Lui_Olesk, lk 17
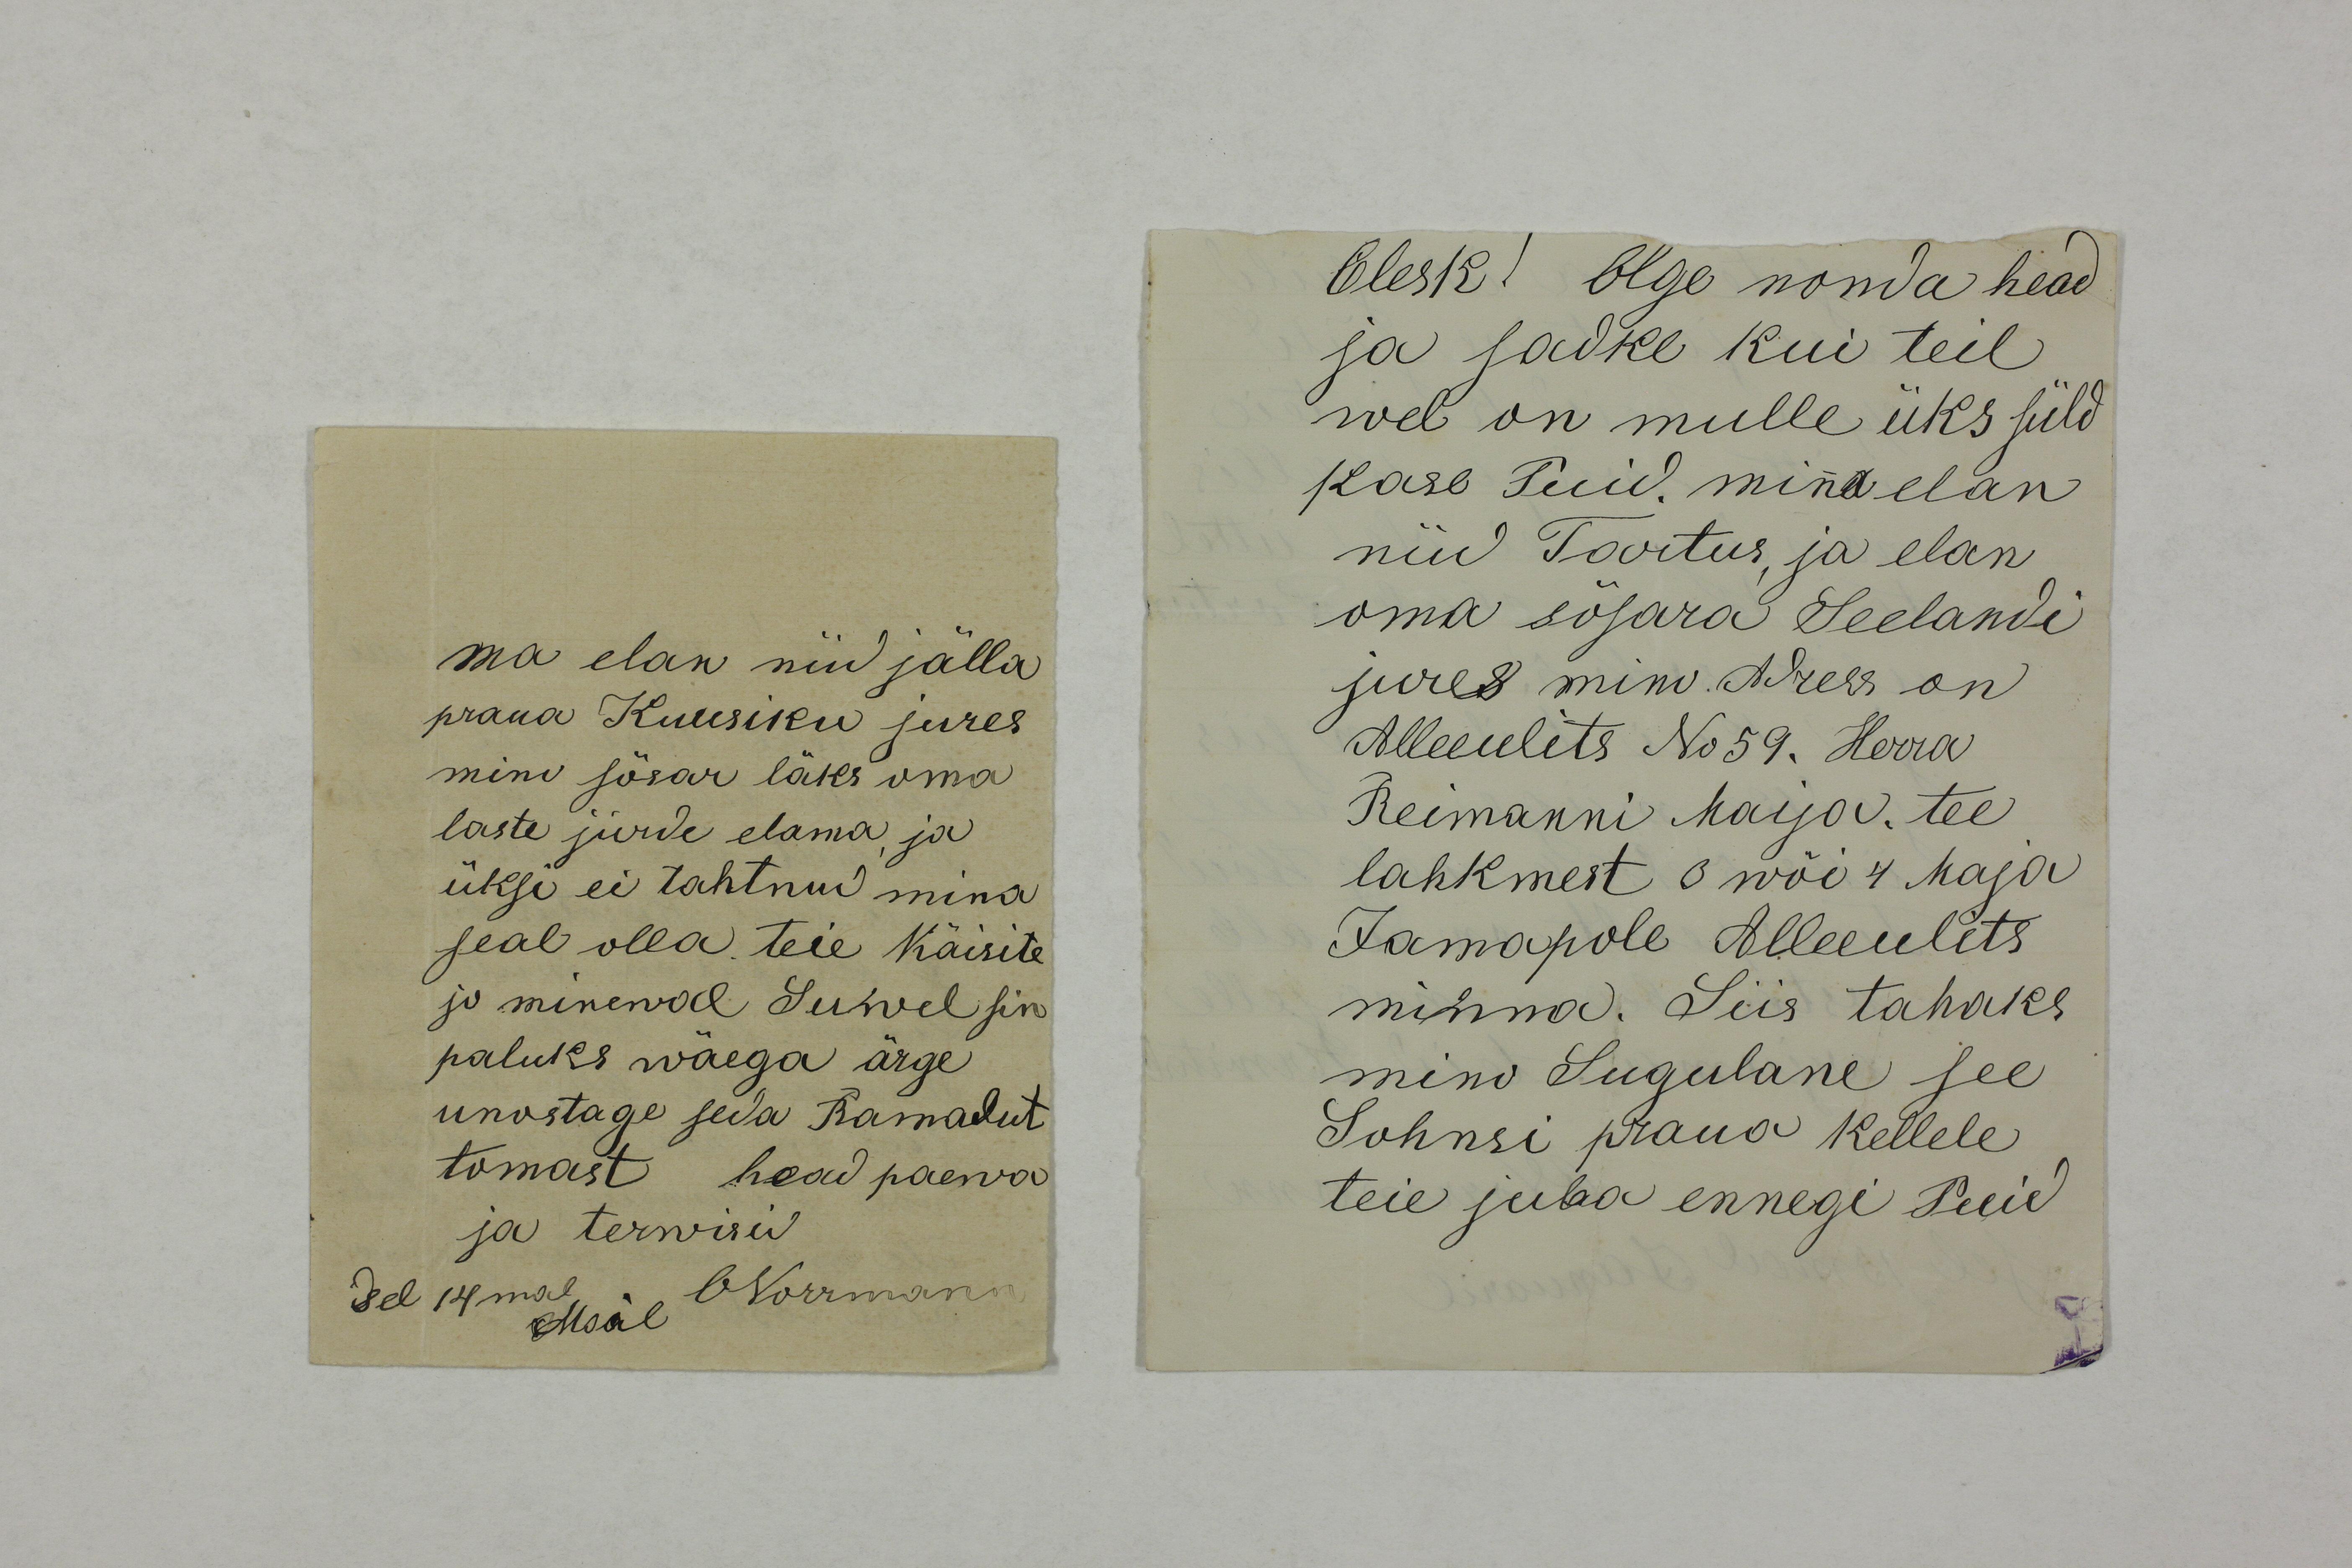
Ma elan nüd jälla
praua Kuusiku jures
mino sõsar läks oma
laste jurde elama, ja
üksi ei tahtnud mina
seal olla. teie Käisite
jo minewal Suwel sin
paluks wäega ärge
unostage seda Ramadut
tomast head paewa 
ja terwisid
ONorrmann
Sel 14mal
Mail

Olesk! Olge nonda head
ja sadke kui teil
wel on mulle üks süld
kase Puid. mina elan 
nüd Tartus, ja elan
oma sõsara Seelandi
jures mino Adress on
Alleeulits No59. Herra
Reimanni Maija. tee
lahkmest 3 wõi 4 Maja
Jamapole Alleeulits
minna. Siis tahaks
mino Sugulane see
Sohnsi praua kellele
teie juba ennegi Puid